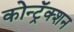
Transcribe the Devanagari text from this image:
कोन्ट्रॅक्शन